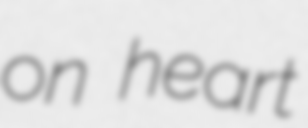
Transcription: on heart